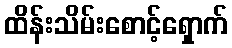
ထိန်းသိမ်းစောင့်ရှောက်